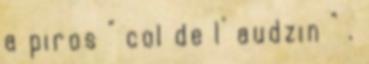
a piros " col de l' audzin " .